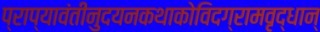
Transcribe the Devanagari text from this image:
प्राप्यावंतीनुदयनकथाकोविदग्रामवृद्धान्